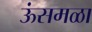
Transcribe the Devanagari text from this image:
ऊंसमळा